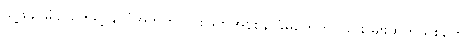
သူ့ဖခင်မိခင်တွေရဲ့ နိုင်ငံအတွက် ပိုင်းဖြတ်အနစ်နာခံမှုတွေကိုလည်း မျိုးဆက်သစ်တွေ